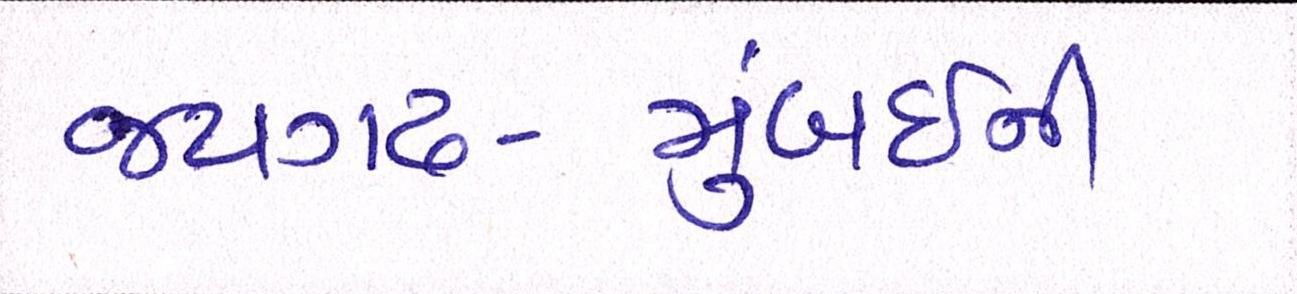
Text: જયગઢ-મુંબઈની